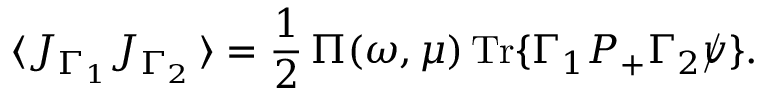
\langle J _ { \Gamma _ { 1 } } J _ { \Gamma _ { 2 } } \, \rangle = \frac { 1 } { 2 } \, \Pi ( \omega , \mu ) \, \mathrm { T r } \{ \Gamma _ { 1 } P _ { + } \Gamma _ { 2 } \rlap / v \} .